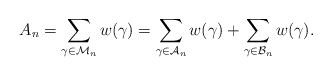
LaTeX: \begin{align*}A_{n}=\sum_{\gamma\in\mathcal{M}_{n}}w(\gamma)=\sum_{\gamma\in\mathcal{A}_{n}}w(\gamma)+\sum_{\gamma\in\mathcal{B}_{n}}w(\gamma).\end{align*}